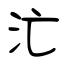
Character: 汒